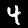
Digit: 4